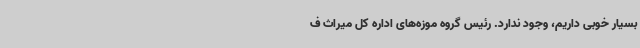
بسیار خوبی داریم، وجود ندارد. رئیس گروه موزه‌های اداره کل میراث ف